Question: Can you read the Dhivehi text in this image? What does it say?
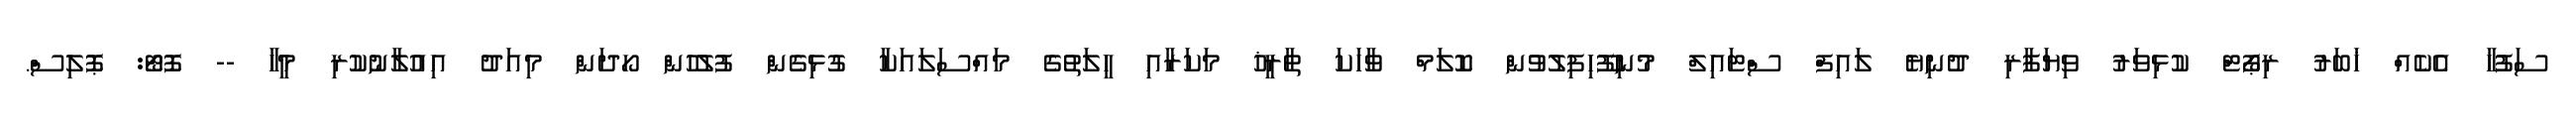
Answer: ސަފުހާ އެކެއް ޚަބަރު ރިޕޯޓް ކުޅިވަރު ވިޔަފާރި ދުނިޔެ ލައިފް ސްޓައިލް މުނިފޫހިފިލުވުން ކޮލަމް ވާހަކަ ތާރީޚު މަކަރާއި ހީލަތުގެ މައްސަލައަކާ ގުޅިގެން ފުލުހުން ހޯދަން މިއަދު އިއުލާނުކުރި މީހާ -- ފޮޓޯ: ޕޮލިސް.